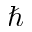
\hbar